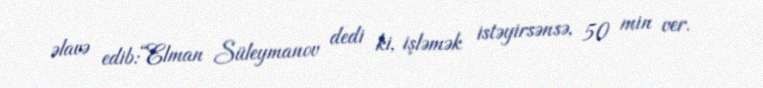
əlavə edib:“Elman Süleymanov dedi ki, işləmək istəyirsənsə, 50 min ver.